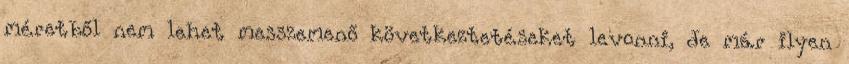
méretből nem lehet messzemenő következtetéseket levonni, de már ilyen